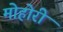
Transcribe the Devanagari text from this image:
मोहोरी